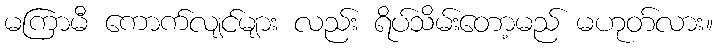
မကြာမီ ကောက်လျင်များ လည်း ရိပ်သိမ်းတော့မည် မဟုတ်လား။